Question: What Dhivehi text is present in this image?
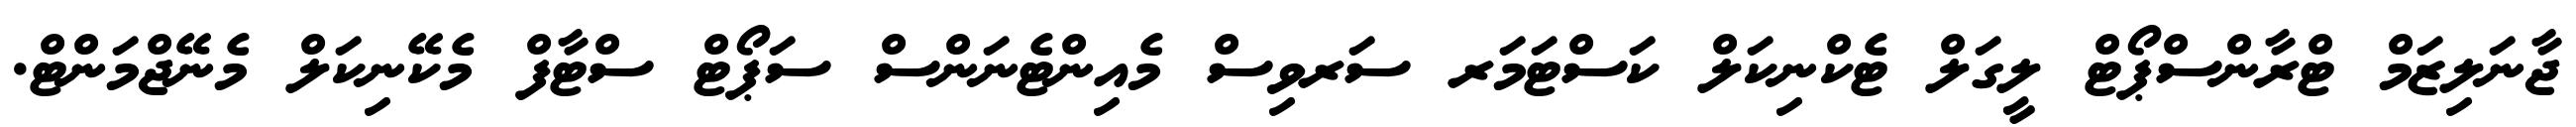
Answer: ޖާނަލިޒަމް ޓްރާންސްޕޯޓް ލީގަލް ޓެކްނިކަލް ކަސްޓަމަރ ސަރވިސް މެއިންޓެނަންސް ސަޕޯޓް ސްޓާފް މެކޭނިކަލް މެނޭޖްމަންޓް.